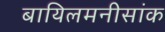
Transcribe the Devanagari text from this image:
बायिलमनीसांक